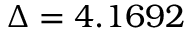
\Delta = 4 . 1 6 9 2